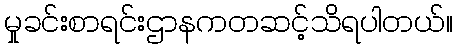
မှုခင်းစာရင်းဌာနကတဆင့်သိရပါတယ်။